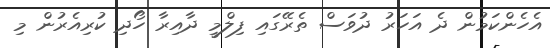
އެހެންކަމުން ދެ އަހަރު ދުވަސް ތެރޭގައި ފިލްމީ ދާއިރާ ހޯދި ކުރިއެރުން މި